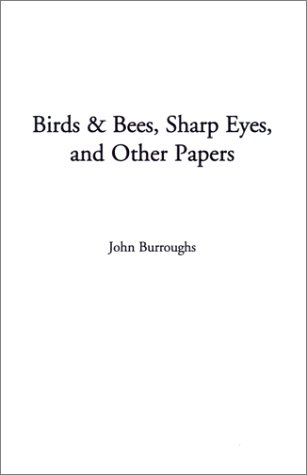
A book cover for Birds & Bees, Sharp Eyes, and Other Papers; John Burroughs; Sports & Outdoors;